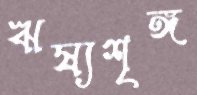
ঋষ্যশৃঙ্গ